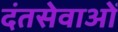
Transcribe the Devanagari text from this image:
दंतसेवाओं